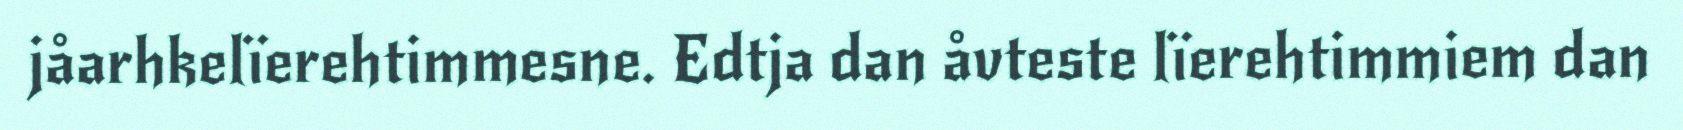
jåarhkelïerehtimmesne. Edtja dan åvteste lïerehtimmiem dan